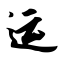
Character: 运